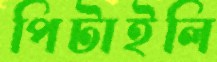
পিটাইলি